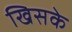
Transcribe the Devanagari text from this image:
खिसके